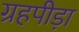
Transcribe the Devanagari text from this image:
ग्रहपीड़ा